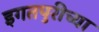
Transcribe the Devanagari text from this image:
इगतपुरीच्या